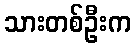
သားတစ်ဦးက